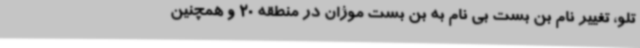
تلو، تغییر نام بن بست بی نام به بن بست موژان در منطقه 20 و همچنین